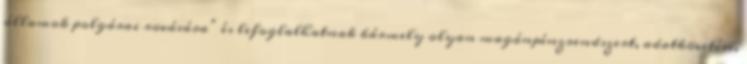
államok polgárai rovására” és lefoglalhatnak bármely olyan magánpénzrendszert, adatkövetési,